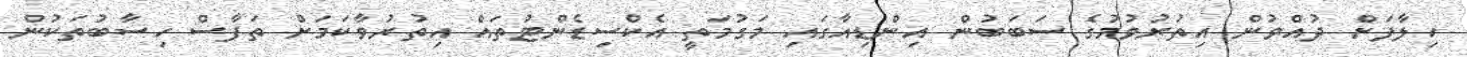
ހިލާފަށް ދުއްވުން އިތުރުވުމުގެ ސަބަބުން އިންޑިއާގައި މަގުމަތީ އެކްސިޑެންޓުތައް އިތުރުވާކަމަށް ތަފާސް ހިސާބުތަކުން